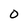
Character: O